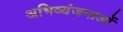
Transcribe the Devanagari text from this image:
अभिव्यंजनाओं